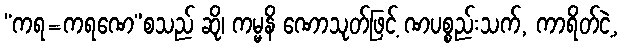
“ကရ=ကရဏေ”စသည် ဆို၊ ကမ္မနိ ဏောသုတ်ဖြင့် ဏပစ္စည်းသက်, ကာရိတ်ငဲ့,